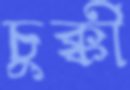
চুক্কী